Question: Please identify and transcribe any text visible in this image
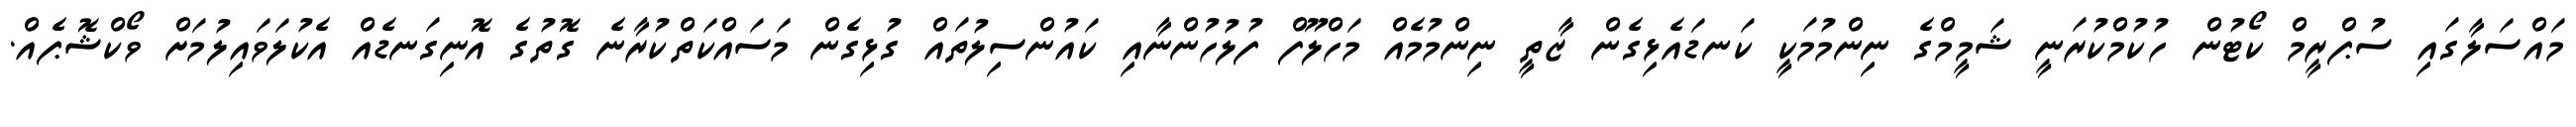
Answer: މައްސަލާގައި ސުޕްރީމް ކޯޓުން ހުކުމްކުރަނީ ޝަމީމްގެ ނިންމުމަކީ ކަނޑައެޅިގެން ޒާތީ ނިންމުމެއް މަހްލޫފް ފުލުހުންނާއި ކައުންސިލުތައް ގުޅިގެން މަސައްކަތްކުރާނެ ގޮތުގެ އޮނިގަނޑެއް އެކުލަވައިލުމަށް ވޯކްޝޮޕެއް.